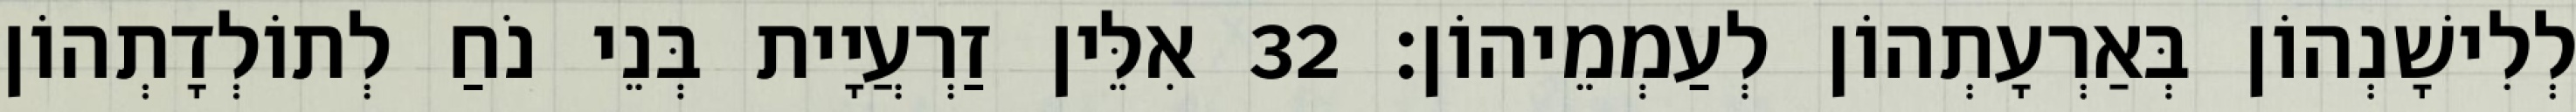
לְלִישָׁנְהוֹן בְּאַרְעָתְהוֹן לְעַמְמֵיהוֹן׃ 32 אִלֵּין זַרְעֲיָית בְּנֵי נֹחַ לְתוֹלְדָתְהוֹן